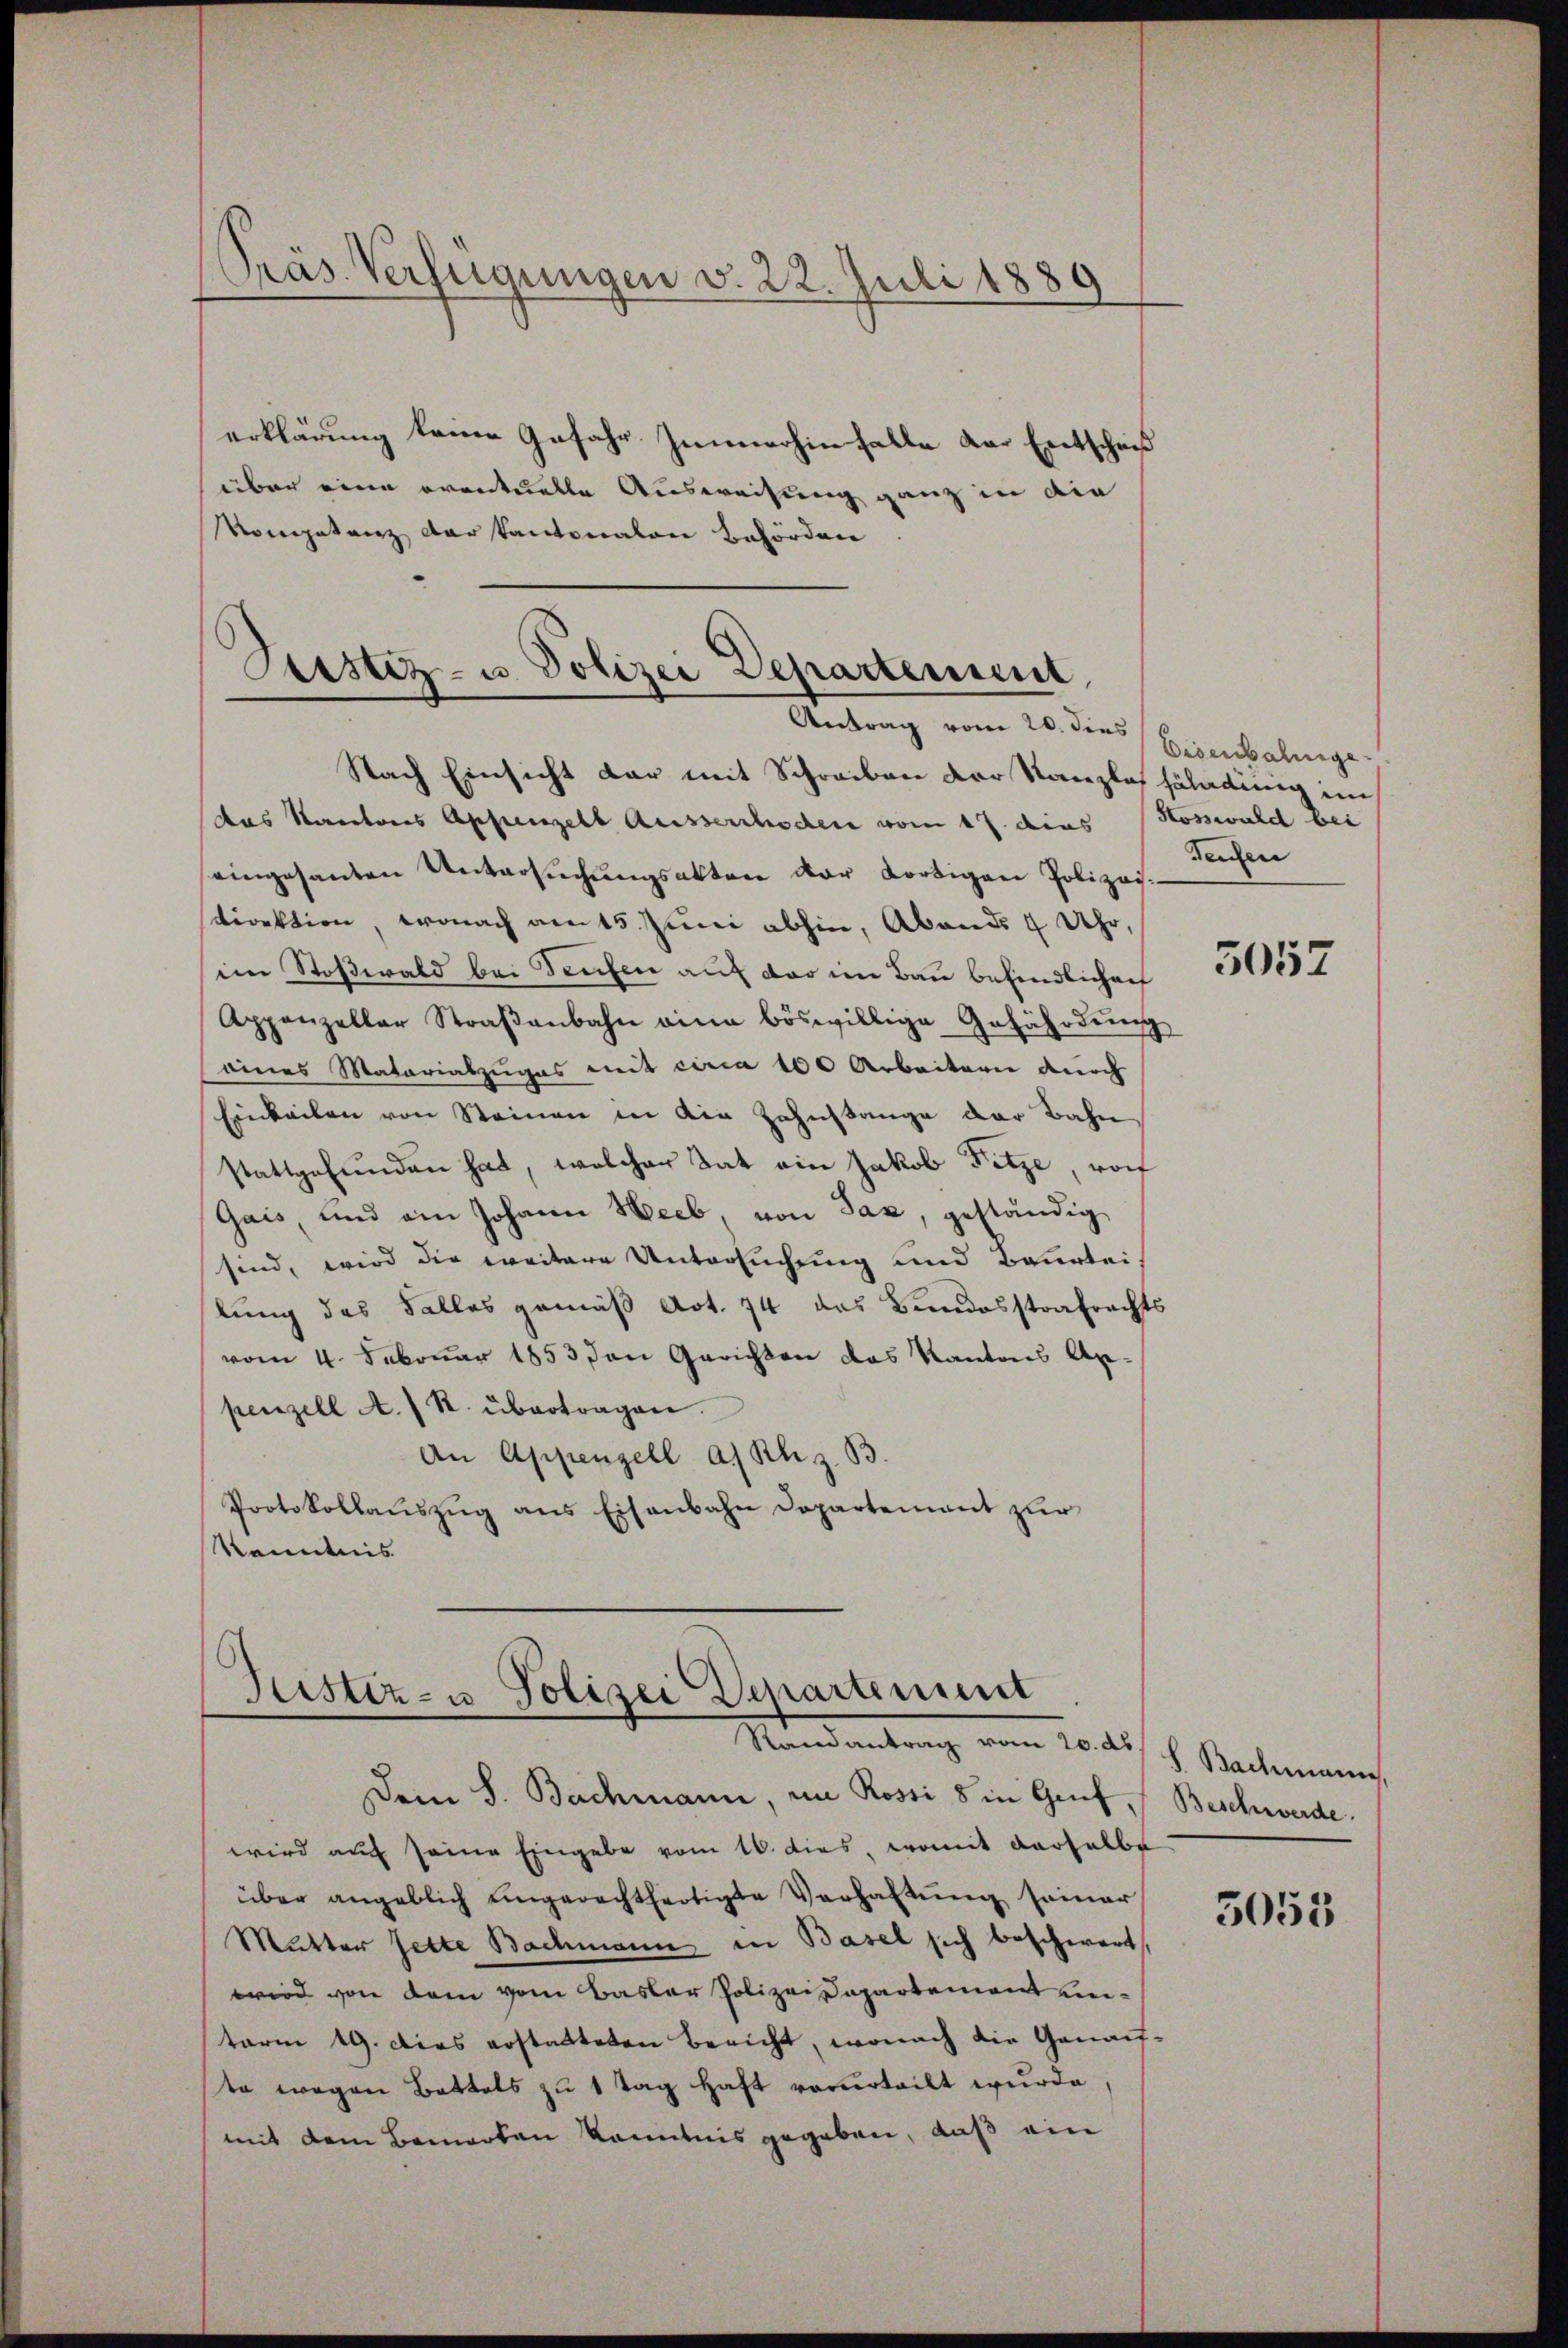
Präs. Verfügungen v. 22. Juli 1889

erklärung keine Gefahr Zunerhin falle der Entschniß
über eine eventuelle Ausweisung ganz in die
Vorgetanz der kantonalen Behörden

Geistiz- u. Polizei Departement,
Antrag vom 20. dies

Nach Einsicht dar mit Schreiben der Kanzlos zuladung im
das Kantores Appenzell Ausserrhoden vom 17. dies Kosswald bei
eingesanten Untersŭchŭngsakten der dortigen Polizei-
direktion, wonach am 15. Juni abhin, Abends 7 Uhr,
eine Stoßwald bei Teufen auf der im Bau befindlichen
Appenzellar Straβenbahn eine böswillige Gefährdŭng
eines Matariatzuges mit circa 100 Arbeitern durch
Einkeilen von Steinen in die Zahnstange der Bahn
stattgefunden hat, welcher Tat ein Jakob Fitze, von
Gais, und ein Johann Heeb von Jaz, geständig
sind, wird die weitere Untersuchung und Beurteilung des Falles gemäß Art. 74 das Bundesstrafrachts
vom 4. Februar 1853 den Gerichten das Kantons Anpenzell A. R. übertragen.
An Appenzell an Kliz. B.
Protokollaŭszŭg ans Eisenbahn Departement zur
Kenntnis

Tristiz- u Polizei Departement
Kandentrag vom 20. d. h. Bachmann

Eisenbahnge
Teichen

Dem S. Bachmann, im Rossi 8 in Genf, Beschwerde.
wird auf seine Eingabe vom 16. dies, womit derselbe
über angeblich eingerechtfertigte Verhaltŭng seiner
Mutter Zette Bachmann in Basel sich beschwert
wird von dem vom Basler Polizeidepartement eiterm 19. Dies erstatteten Bericht, wonach die Genauf-
te wegen Battels zŭ 1 Tag haft vorurteilt wurde,
mit dem Bemerken kenntnis gegeben, daß ein

5057

5053